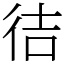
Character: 㣟